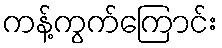
ကန့်ကွက်ကြောင်း